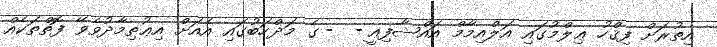
އިތުރަށް ފިޤްހު ޢިލްމުގައި އަލްއިމާމް އައްޝާފިޢީ -   - ގެ މަޛްހަބުގައި އެއަށް އިޢުތިމާދުވެވޭ ފޮތްތަކެއް